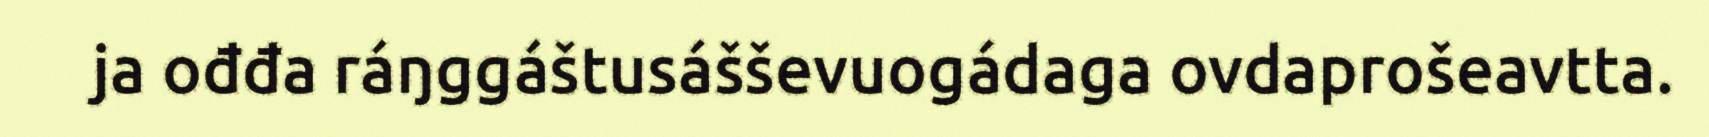
ja ođđa ráŋggáštusášševuogádaga ovdaprošeavtta.